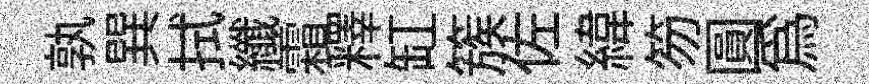
孰巽拭纖霜釋缸簇佐緯笏圓爲